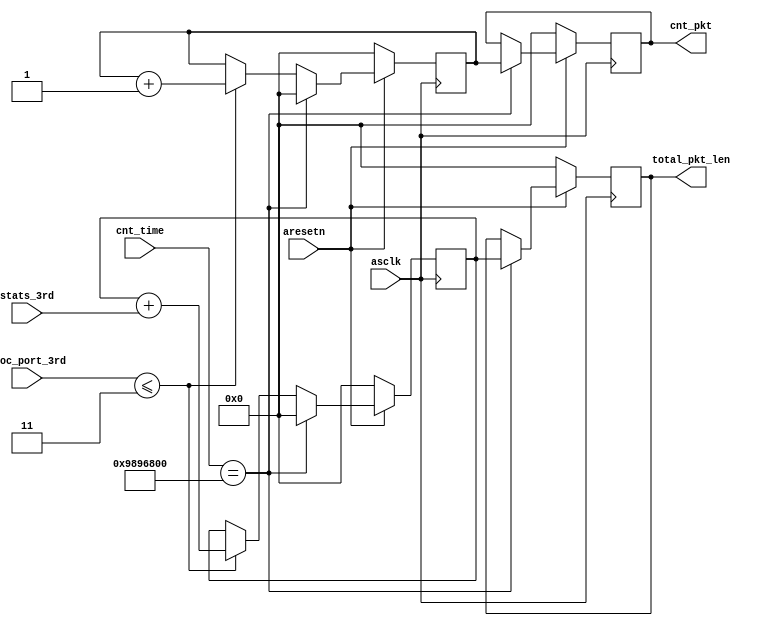
module f_6_7 
(
	input asclk,
	input aresetn,

	input [27:0] cnt_time,
	input [2:0] proc_port_3rd,
	input [15:0] stats_3rd,

	// total packet length
    output reg [31:0] total_pkt_len,
    output reg [31:0] cnt_pkt
);

	// total packet length
   reg [31:0] total_pkt_len_tmp;
   reg [31:0] cnt_pkt_tmp;

   // total packet length
   always @(posedge asclk) begin
      if (~aresetn) begin
         total_pkt_len <= 0;
         cnt_pkt <= 0;
         total_pkt_len_tmp <= 0;
         cnt_pkt_tmp <= 0;
      end
      else begin
         if (cnt_time == 28'd160000000) begin   // 1 second
            total_pkt_len <= total_pkt_len_tmp;
            cnt_pkt <= cnt_pkt_tmp;
            total_pkt_len_tmp <= 0;
            cnt_pkt_tmp <= 0;
         end
         else if (proc_port_3rd <= 3) begin
            total_pkt_len_tmp <= total_pkt_len_tmp + stats_3rd;
            cnt_pkt_tmp <= cnt_pkt_tmp + 1;
         end
      end
   end

endmodule